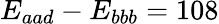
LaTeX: E_{aad}-E_{bbb}=108